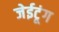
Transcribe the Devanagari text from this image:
जेईटूंग